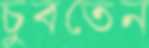
চুবতেন